Annual administration report of the Civil Veterinary Department of India - 1892-1893
Year: 1892
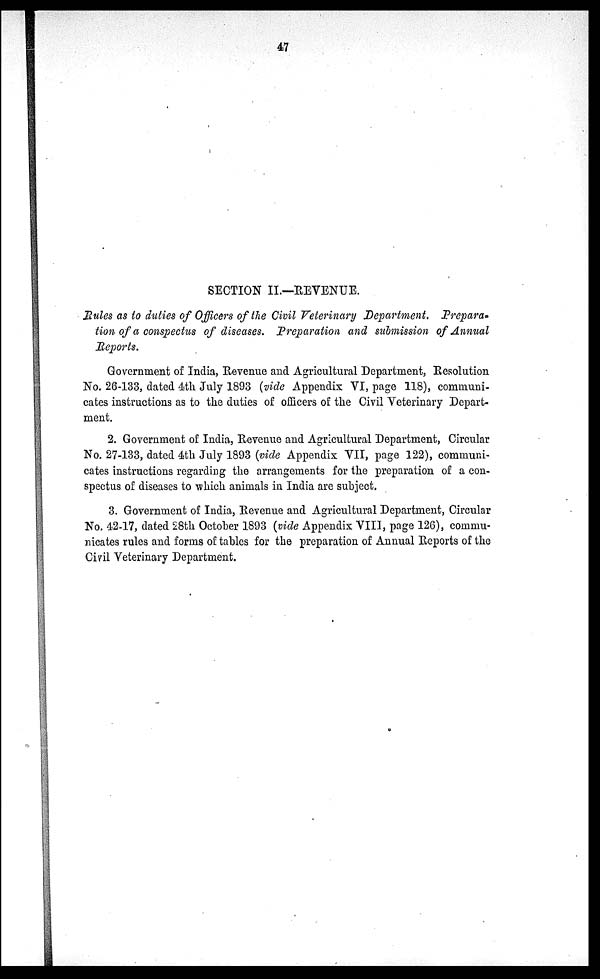
47
SECTION II.—REVENUE.
Mules as to duties of Officers of the Civil Veterinary Department. Prepara-
tion of a conspectus of diseases. Preparation and submission of Annual
Reports.
Government of India, Revenue and Agricultural Department, Resolution
No. 26-133, dated 4th July 1893 (vide Appendix VI, page 118), communi-
cates instructions as to the duties of officers of the Civil Veterinary Depart-
ment.
2. Government of India, Revenue and Agricultural Department, Circular
No. 27-133, dated 4th July 1893 (vide Appendix VII, page 122), communi-
cates instructions regarding the arrangements for the preparation of a con-
spectus of diseases to which animals in India are subject.
3. Government of India, Revenue and Agricultural Department, Circular
No. 42-17, dated 28th October 1893 (vide Appendix VIII, page 126), commu-
nicates rules and forms of tables for the preparation of Annual Reports of the
Civil Veterinary Department.